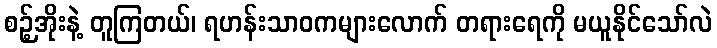
စဉ့်အိုးနဲ့ တူကြတယ်၊ ရဟန်းသာဝကများလောက် တရားရေကို မယူနိုင်သော်လဲ